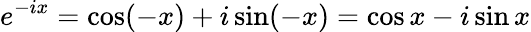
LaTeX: e^{-ix}=\cos(-x)+i\sin(-x)=\cos x-i\sin x